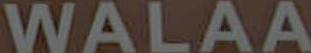
WALAA